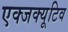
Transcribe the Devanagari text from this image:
एक्जक्यूटिव